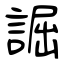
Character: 誳